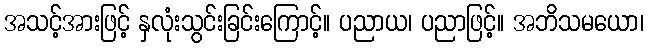
အသင့်အားဖြင့် နှလုံးသွင်းခြင်းကြောင့်။ ပညာယ၊ ပညာဖြင့်။ အဘိသမယော၊